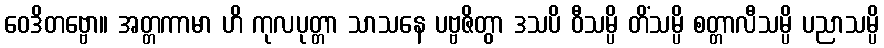
ဝေဒိတဗ္ဗော။ အတ္တကာမာ ဟိ ကုလပုတ္တာ သာသနေ ပဗ္ဗဇိတွာ ဒသပိ ဝီသမ္ပိ တိံသမ္ပိ စတ္တာလီသမ္ပိ ပညာသမ္ပိ